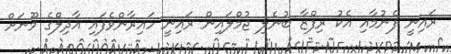
ރައިނީ ފެނުމާއި އެކު ރިފްޒާ ބުނެލި ޖުމްލައިން ރައިނީ ހައިރާންވެފައި އާދިލްގެ މޫނަށް